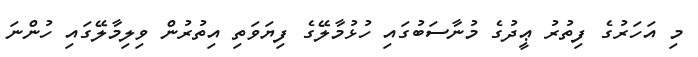
މި އަހަރުގެ ފިތުރު ޢީދުގެ މުނާސަބުގައި ހުޅުމާލޭގެ ފިޔަވަތި އިތުރުން ވިލިމާލޭގައި ހުންނަ